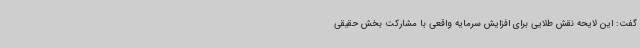
گفت: این لایحه نقش طلایی برای افزایش سرمایه واقعی با مشارکت بخش حقیقی